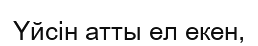
Үйсін атты ел екен,